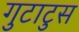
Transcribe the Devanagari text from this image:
गुटाटुस